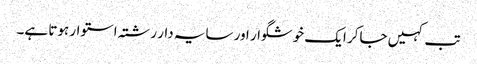
تب کہیں جاکر ایک خوشگوار اور سایہ دار رشتہ استوار ہوتا ہے۔